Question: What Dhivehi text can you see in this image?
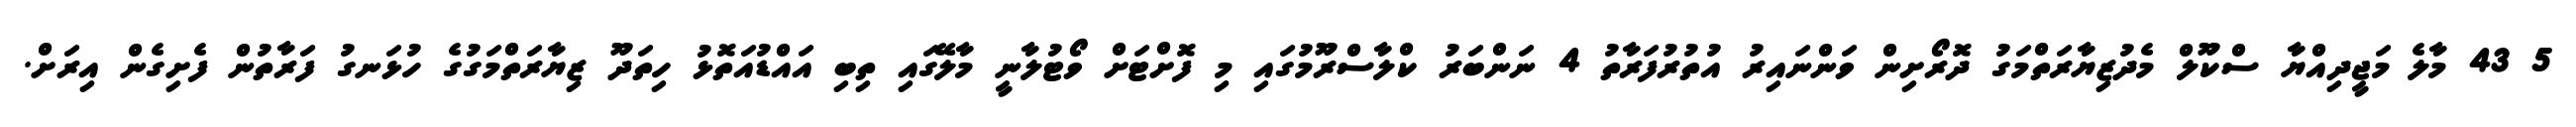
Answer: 5 43 މާލެ މަޖީދިއްޔާ ސްކޫލް މެދުޒިޔާރަތްމަގު ދޮރޯށިން ވަންނައިރު އުތުރުފަރާތު 4 ނަންބަރު ކްލާސްރޫމުގައި މި ފޮށްޓަށް ވޯޓުލާނީ މާލޭގައި ތިބި އައްޑުއަތޮޅު ހިތަދޫ ޒިޔާރަތްމަގުގެ ހުޅަނގު ފަރާތުން ފެށިގެން އިރަށް.